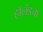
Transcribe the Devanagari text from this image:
हॉलंडचा